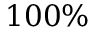
1 0 0 \%